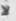
لا